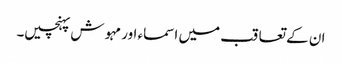
ان کے تعاقب میں اسماء اور مہوش پہنچیں۔